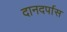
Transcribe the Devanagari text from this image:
दानदर्पास